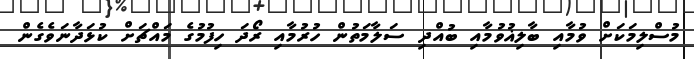
މުސްލިމަކަށް ވުމާއި ބާލިޣުވުމާއި ބުއްދި ސަލާމަތުން ހުރުމާއި ރޯދަ ހިފުމުގެ މައްޗަށް ކުޅަދާނަވެގެން